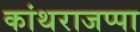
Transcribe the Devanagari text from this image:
कांथराजप्पा